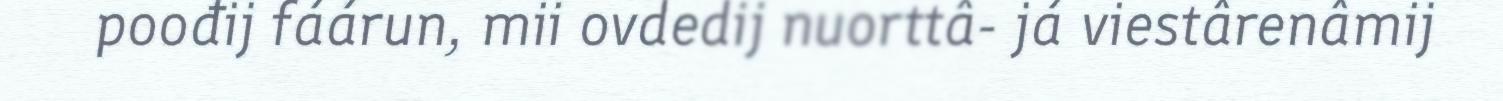
poođij fáárun, mii ovdedij nuorttâ- já viestârenâmij